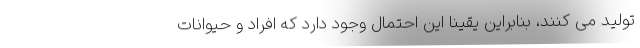
تولید می کنند، بنابراین یقینا این احتمال وجود دارد که افراد و حیوانات